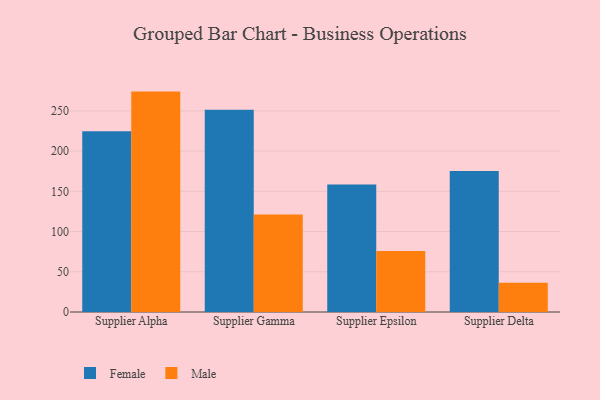
{"axis": {"x": "Supplier", "y": "Humidity (%)"}, "legend": ["Female", "Male"], "data": [{"x": "Supplier Alpha", "y": 224.8, "type": "Female"}, {"x": "Supplier Alpha", "y": 274.0, "type": "Male"}, {"x": "Supplier Gamma", "y": 251.5, "type": "Female"}, {"x": "Supplier Gamma", "y": 121.3, "type": "Male"}, {"x": "Supplier Epsilon", "y": 158.4, "type": "Female"}, {"x": "Supplier Epsilon", "y": 75.9, "type": "Male"}, {"x": "Supplier Delta", "y": 175.2, "type": "Female"}, {"x": "Supplier Delta", "y": 36.3, "type": "Male"}]}